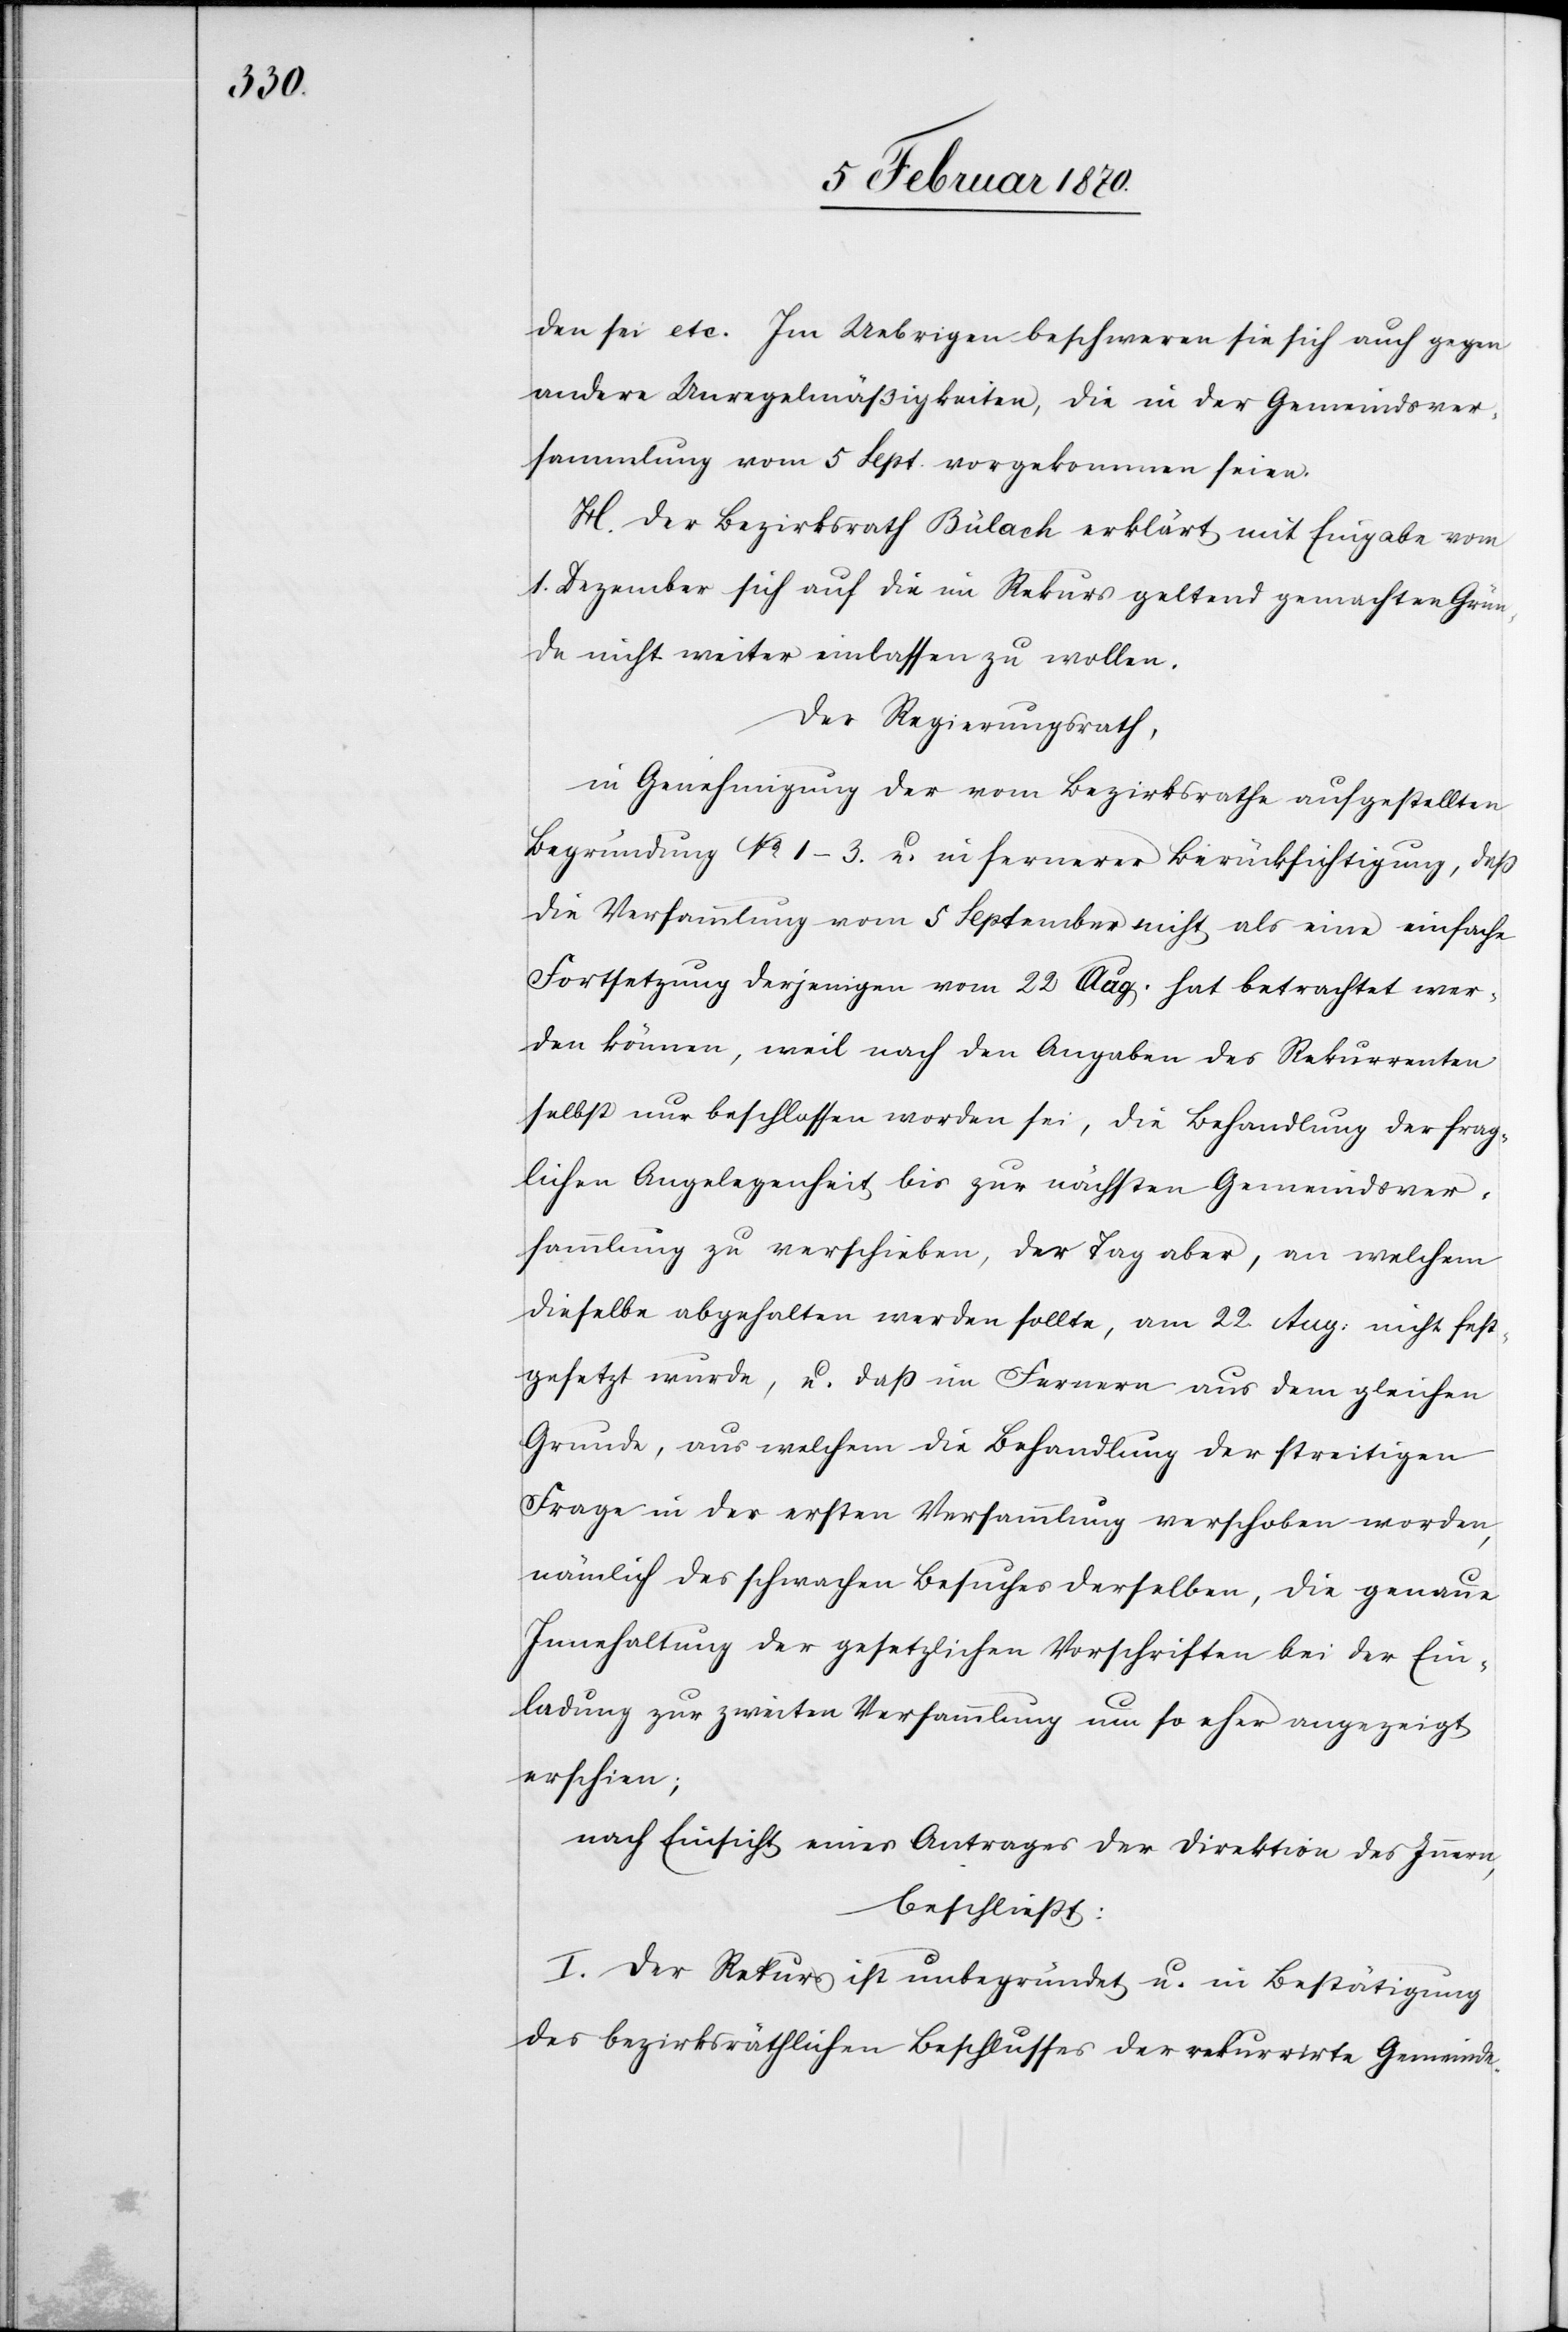
den sei etc. Im Uebrigen beschweren sie sich auch gegen
andere Unregelmäßigkeiten, die in der Gemeindsver¬
sammlung von 5 Sept. vorgekommen seien.
H. Der Bezirksrath Bülach erklärt mit Eingabe vom
1. Dezember sich auf die im Rekurs geltend gemachten Grün¬
de nicht weiter einlassen zu wollen.
Der Regierungsrath,
in Genehmigung der vom Bezirksrathe aufgestellten
Begründung No 1–3. u. in fernerer Berücksichtigung, daß
die Versammlung vom 5 September nicht als eine einfache
Fortsetzung derjenigen vom 22 Aug. hat betrachtet wer¬
den können, weil nach den Angaben des Rekurrenten
selbst nur beschlossen worden sei, die Behandlung der frag¬
lichen Angelegenheit bis zur nächsten Gemeindsver¬
sammlung zu verschieben, der Tag aber, an welchem
dieselbe abgehalten werden sollte, am 22. Aug: nicht fest¬
gesetzt wurde, u. daß im Fernern aus dem gleichen
Grunde, aus welchem die Behandlung der streitigen
Frage in der ersten Versammlung verschoben worden,
nämlich des schwachen Besuches derselben, die genaue
Innehaltung der gesetzlichen Vorschriften bei der Ein¬
ladung zur zweiten Versammlung um so eher angezeigt
erschien;
nach Einsicht eines Antrages der Direktion des Innern,
beschiesst:
I. Der Rekurs ist unbegründet u. in Bestätigung
des bezirksräthlichen Beschlusses der rekurrirte Gemeinde-